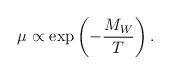
LaTeX: \begin{align*}\mu\propto \exp\left(-{M_W\over T}\right).\end{align*}